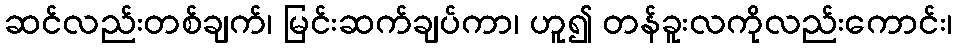
ဆင်လည်းတစ်ချက်၊ မြင်းဆက်ချပ်ကာ၊ ဟူ၍ တန်ခူးလကိုလည်းကောင်း၊